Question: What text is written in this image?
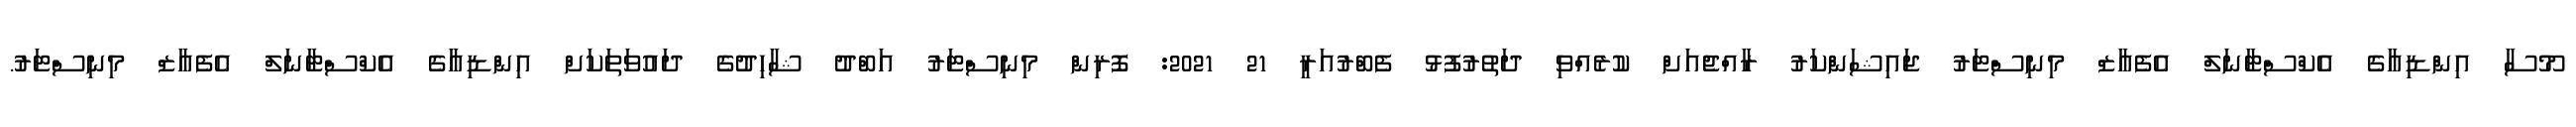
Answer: މޫސާ އިންޑިއާގެ އެކްސްޓާނަލް އެފެއާޒް މިނިސްޓަރު ޖައިޝަންކަރު ރާއްޖެއަށް ކުރެއްވި ދަތުރުފުޅު ފެބްރުއަރީ 21 2021: ފޮރިން މިނިސްޓަރު އަބްދު ޝާހިދުގެ ދައުވަތަކަށް އިންޑިއާގެ އެކްސްޓާނަލް އެފެއާޒް މިނިސްޓަރު.